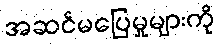
အဆင်မပြေမှုများကို